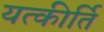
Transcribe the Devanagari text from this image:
यत्कीर्ति